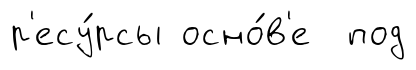
р'есу́рсы осно́в'е под